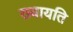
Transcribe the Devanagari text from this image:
ख्यायति